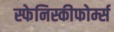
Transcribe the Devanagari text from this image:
स्फेनिस्कीफोर्म्स